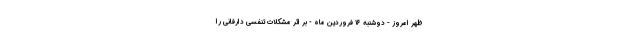
ظهر امروز - دوشنبه ۱۶ فروردین ماه - بر اثر مشکلات تنفسی دارفانی را